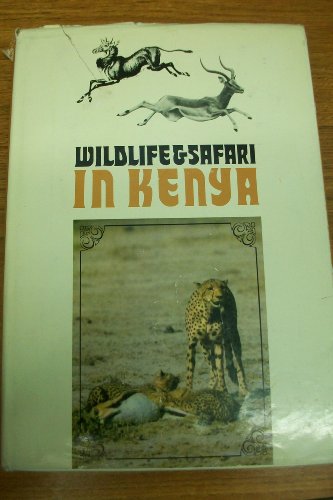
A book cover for Wildlife & Safari in Kenya: A Comprehensive Guide-Book for Travellers; John Pearson (Ed.); Travel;